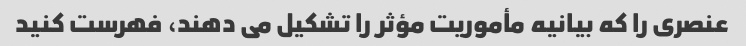
عنصری را که بیانیه مأموریت مؤثر را تشکیل می دهند، فهرست کنید